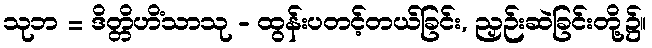
သုဘ = ဒိတ္တိဟိံသာသု - ထွန်းပတင့်တယ်ခြင်း, ညှဉ်းဆဲခြင်းတို့၌။